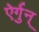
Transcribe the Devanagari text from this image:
ऐर्गुन्